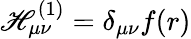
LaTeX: \mathscr{H}_{\mu\nu}^{(1)}=\delta_{\mu\nu}f(r)